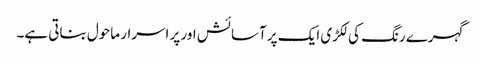
گہرے رنگ کی لکڑی ایک پر آسائش اور پر اسرار ماحول بناتی ہے۔